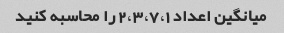
میانگین اعداد 2،3،7،1 را محاسبه کنید